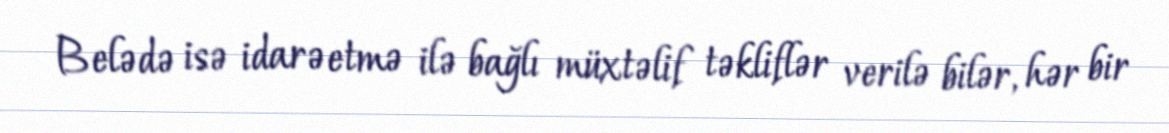
Belədə isə idarəetmə ilə bağlı müxtəlif təkliflər verilə bilər, hər bir